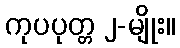
ကုပပုတ္တ ၂-မျိုး။